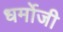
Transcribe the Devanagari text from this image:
धर्मोजी